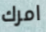
امرك